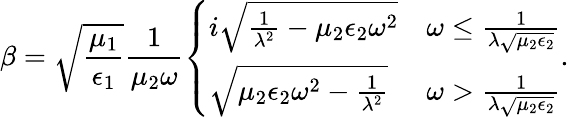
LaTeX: \beta=\sqrt{\frac{\mu_{1}}{\epsilon_{1}}}\frac{1}{\mu_{2}\omega}\left\{ \begin{array}{ll}{i\sqrt{\frac{1}{\lambda^{2}}-\mu_{2}\epsilon_{2}\omega^{2}}}&{\omega\leq\frac{1}{\lambda\sqrt{\mu_{2}\epsilon_{2}}}}\\ {\sqrt{\mu_{2}\epsilon_{2}\omega^{2}-\frac{1}{\lambda^{2}}}}&{\omega>\frac{1}{\lambda\sqrt{\mu_{2}\epsilon_{2}}}}\end{array}\right..